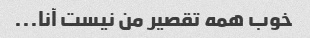
خوب همه تقصیر من نیست آنا...